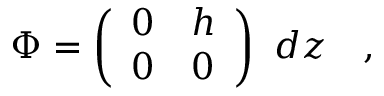
\Phi = \left( \begin{array} { l l } { { 0 } } & { { h } } \\ { { 0 } } & { { 0 } } \end{array} \right) ~ d z \quad ,